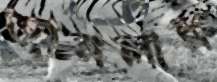
জানলার